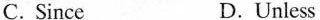
C. Since D. Unless